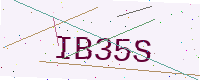
Text: IB35S